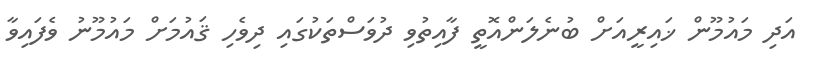
އަދި މައުމޫން ޚައިރީއަށް ބުނެލަންއޮތީ ފާއިތުވި ދުވަސްތަކުގައި ދިވެހި ޤައުމަށް މައުމޫނު ވެފައިވާ